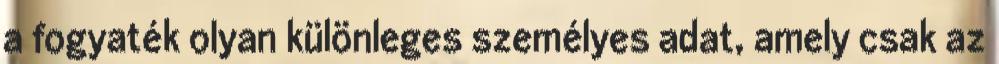
a fogyaték olyan különleges személyes adat, amely csak az